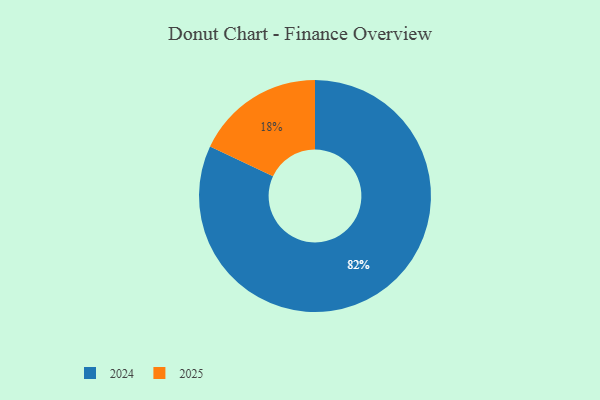
{"axis": {"x": "Category", "y": "Percentage"}, "legend": ["2024", "2025"], "data": [{"x": "2025", "y": 18, "type": "2025"}, {"x": "2024", "y": 82, "type": "2024"}]}